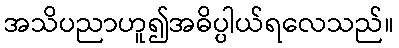
အသိပညာဟူ၍အဓိပ္ပါယ်ရလေသည်။